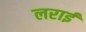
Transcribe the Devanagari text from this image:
लराई